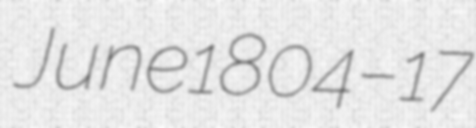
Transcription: June 1804 – 17